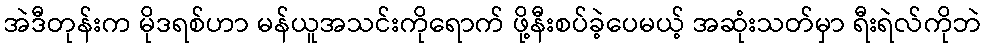
အဲဒီတုန်းက မိုဒရစ်ဟာ မန်ယူအသင်းကိုရောက် ဖို့နီးစပ်ခဲ့ပေမယ့် အဆုံးသတ်မှာ ရီးရဲလ်ကိုဘဲ